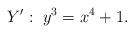
LaTeX: \begin{align*} Y':\; y^3 = x^4+1. \end{align*}